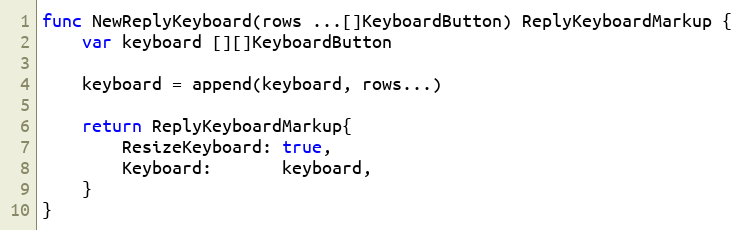
Language: Go
func NewReplyKeyboard(rows ...[]KeyboardButton) ReplyKeyboardMarkup {
	var keyboard [][]KeyboardButton

	keyboard = append(keyboard, rows...)

	return ReplyKeyboardMarkup{
		ResizeKeyboard: true,
		Keyboard:       keyboard,
	}
}